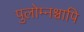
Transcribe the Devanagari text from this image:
पुलोम्नश्चापि